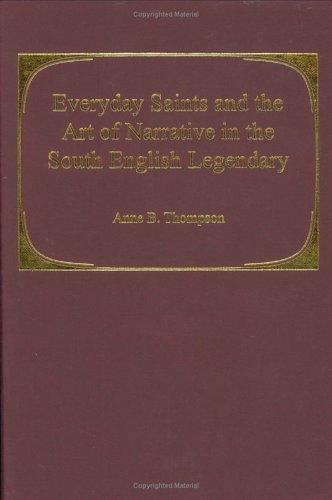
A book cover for Everyday Saints and the Art of Narrative in the South English Legendary; Anne B. Thompson; Christian Books & Bibles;